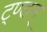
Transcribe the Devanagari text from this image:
ट्ण्डन्